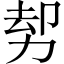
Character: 𠡺